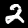
Label: 2